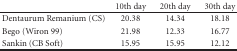
<table><thead><tr><td></td><td><b>10th day</b></td><td><b>20th day</b></td><td><b>30th day</b></td></tr></thead><tbody><tr><td>Dentaurum Remanium (CS)</td><td>20.38</td><td>14.34</td><td>18.18</td></tr><tr><td>Bego (Wiron 99)</td><td>21.98</td><td>12.33</td><td>16.77</td></tr><tr><td>Sankin (CB Soft)</td><td>15.95</td><td>15.95</td><td>12.12</td></tr></tbody></table>